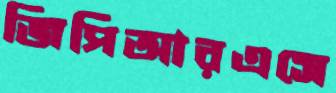
জিপিআরএসে